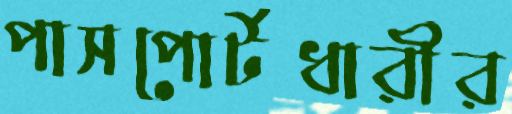
পাসপোর্টধারীর